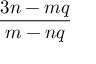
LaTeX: \frac { 3 n - m q } { m - n q }